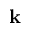
\mathbf { k }